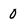
Character: 0